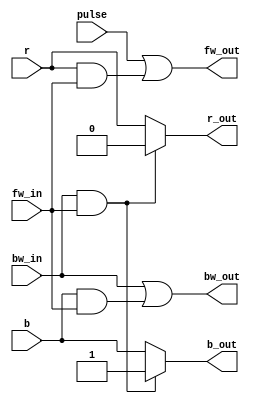
`timescale 1ns / 1ps
//////////////////////////////////////////////////////////////////////////////////
// Company: 
// Engineer: 
// 
// Design Name: 
// Module Name:    move_cell 
// Project Name:   The FPGA Othello Game
// Target Devices: 
// Tool versions: 
// Description: 
//     Represents a square from othello board
//     Inputs: r bit, b bit, pulse (1-when we want to put a disc on then square, 0-otherwise
//     Outputs: r bit, b bit (flipped if there is the case).  (forward and backwards signals
//              to carry away the info (like a ripple carry adder).
//
// Dependencies: -
//
// Revision: 
// Revision 0.01 - File Created
// Additional Comments: 
//
//  Marius TIVADAR Mar-Apr, 2009
//////////////////////////////////////////////////////////////////////////////////
module move_cell(
    input r,
    input b,
    input fw_in,
    input bw_in,
    output fw_out,
    output bw_out,
    input pulse,
    output r_out,
    output b_out
    );
	 
reg r_out_reg;
reg b_out_reg;
	 

always @( * ) begin
	
	/* if backward signal and forward signal, flip the discs. 
      Otherwise, r,b bits remain the same	*/
	if ( bw_in && fw_in ) begin
		b_out_reg = 1;
		r_out_reg = 0;
	end
	else begin
		b_out_reg = b;
		r_out_reg = r;
	end
end

/* equations for forward and backward signal propagation */
/* forward signal is 1 if we have an outside pulse, or we received fw signal from neighbour cell */
assign 	fw_out = pulse || (r && fw_in);
/* backward signal is 1 if we received backward signal from neighbour cell, or if we flanc the disc (b bit is 1)
   and we propagate the bw signal */
assign	bw_out = bw_in || (b && fw_in);

assign 	r_out = r_out_reg;
assign	b_out = b_out_reg;

endmodule